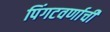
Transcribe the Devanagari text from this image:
पिंगटवर्णाची